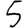
Digit: 5